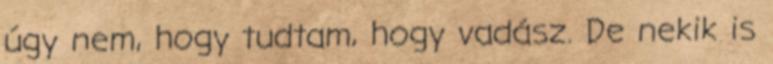
úgy nem, hogy tudtam, hogy vadász. De nekik is